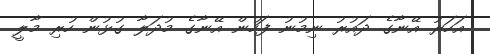
އަހަރު އޭނާގެ ދައުރު ނިމުނު ފަހުން އޭނާގެ މުދަލާ ގުޅުން ހުރި މާލީ